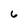
Character: 6